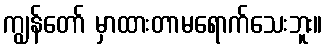
ကျွန်တော် မှာထားတာမရောက်သေးဘူး။